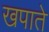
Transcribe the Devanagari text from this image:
खपाते